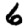
Digit: 6